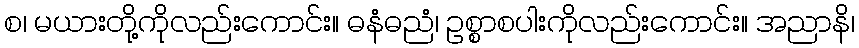
စ၊ မယားတို့ကိုလည်းကောင်း။ ဓနံဓညံ၊ ဥစ္စာစပါးကိုလည်းကောင်း။ အညာနိ၊